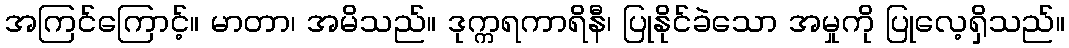
အကြင်ကြောင့်။ မာတာ၊ အမိသည်။ ဒုက္ကရကာရိနီ၊ ပြုနိုင်ခဲသော အမှုကို ပြုလေ့ရှိသည်။